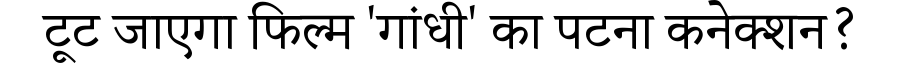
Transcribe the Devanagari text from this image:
टूट जाएगा फिल्म 'गांधी' का पटना कनेक्शन?